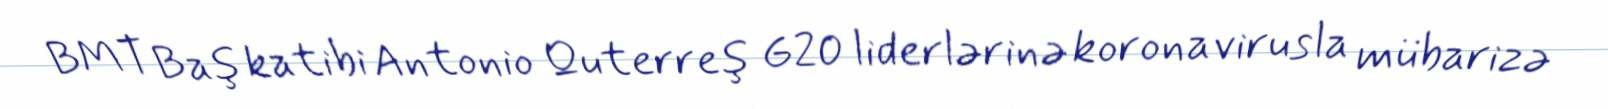
BMT Baş katibi Antonio Quterreş G20 liderlərinə koronavirusla mübarizə